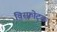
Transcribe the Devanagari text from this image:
विस्फोट्क